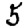
Digit: 5